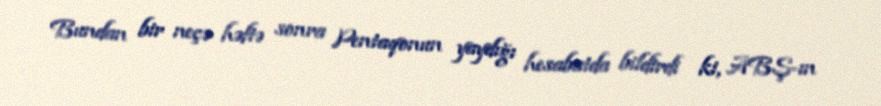
Bundan bir neçə həftə sonra Pentaqonun yaydığı hesabatda bildirdi ki, ABŞ-ın